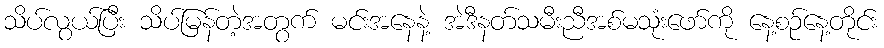
သိပ်လွယ်ပြီး သိပ်မြန်တဲ့အတွက် မင်းအနေနဲ့ အဲဒီနတ်သမီးညီအစ်မသုံးဖော်ကို နေ့စဉ်နေ့တိုင်း